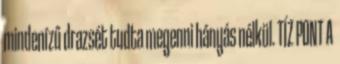
mindenízű drazsét tudta megenni hányás nélkül. TÍZ PONT A